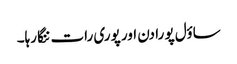
ساؤل پو را دن اور پوری رات ننگا رہا۔